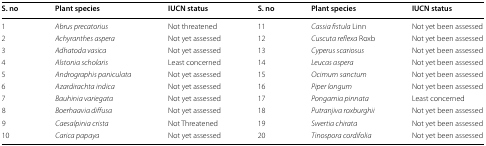
<table><thead><tr><td><b>S. no</b></td><td><b>Plant species</b></td><td><b>IUCN status</b></td><td><b>S. no</b></td><td><b>Plant species</b></td><td><b>IUCN status</b></td></tr></thead><tbody><tr><td>1</td><td><i>Abrus precatorius</i></td><td>Not threatened</td><td>11</td><td><i>Cassia fistula</i> Linn</td><td>Not yet been assessed</td></tr><tr><td>2</td><td><i>Achyranthes aspera</i></td><td>Not yet assessed</td><td>12</td><td><i>Cuscuta reflexa</i> Roxb</td><td>Not yet been assessed</td></tr><tr><td>3</td><td><i>Adhatoda vasica</i></td><td>Not yet assessed</td><td>13</td><td><i>Cyperus scariosus</i></td><td>Not yet been assessed</td></tr><tr><td>4</td><td><i>Alstonia scholaris</i></td><td>Least concerned</td><td>14</td><td><i>Leucas aspera</i></td><td>Not yet been assessed</td></tr><tr><td>5</td><td><i>Andrographis paniculata</i></td><td>Not yet assessed</td><td>15</td><td><i>Ocimum sanctum</i></td><td>Not yet been assessed</td></tr><tr><td>6</td><td><i>Azardirachta indica</i></td><td>Not yet assessed</td><td>16</td><td><i>Piper longum</i></td><td>Not yet been assessed</td></tr><tr><td>7</td><td><i>Bauhinia variegata</i></td><td>Not yet assessed</td><td>17</td><td><i>Pongamia pinnata</i></td><td>Least concerned</td></tr><tr><td>8</td><td><i>Boerhaavia diffusa</i></td><td>Not yet assessed</td><td>18</td><td><i>Putranjiva roxburghii</i></td><td>Not yet been assessed</td></tr><tr><td>9</td><td><i>Caesalpinia crista</i></td><td>Not Threatened</td><td>19</td><td><i>Swertia chirata</i></td><td>Not yet been assessed</td></tr><tr><td>10</td><td><i>Carica papaya</i></td><td>Not yet assessed</td><td>20</td><td><i>Tinospora cordifolia</i></td><td>Not yet been assessed</td></tr></tbody></table>